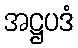
အဋ္ဌပဒံ